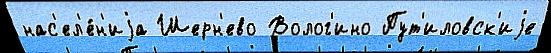
нас'ел'е́н'иjа Шерн'ево Волог'ино Пут'иловск'иjе